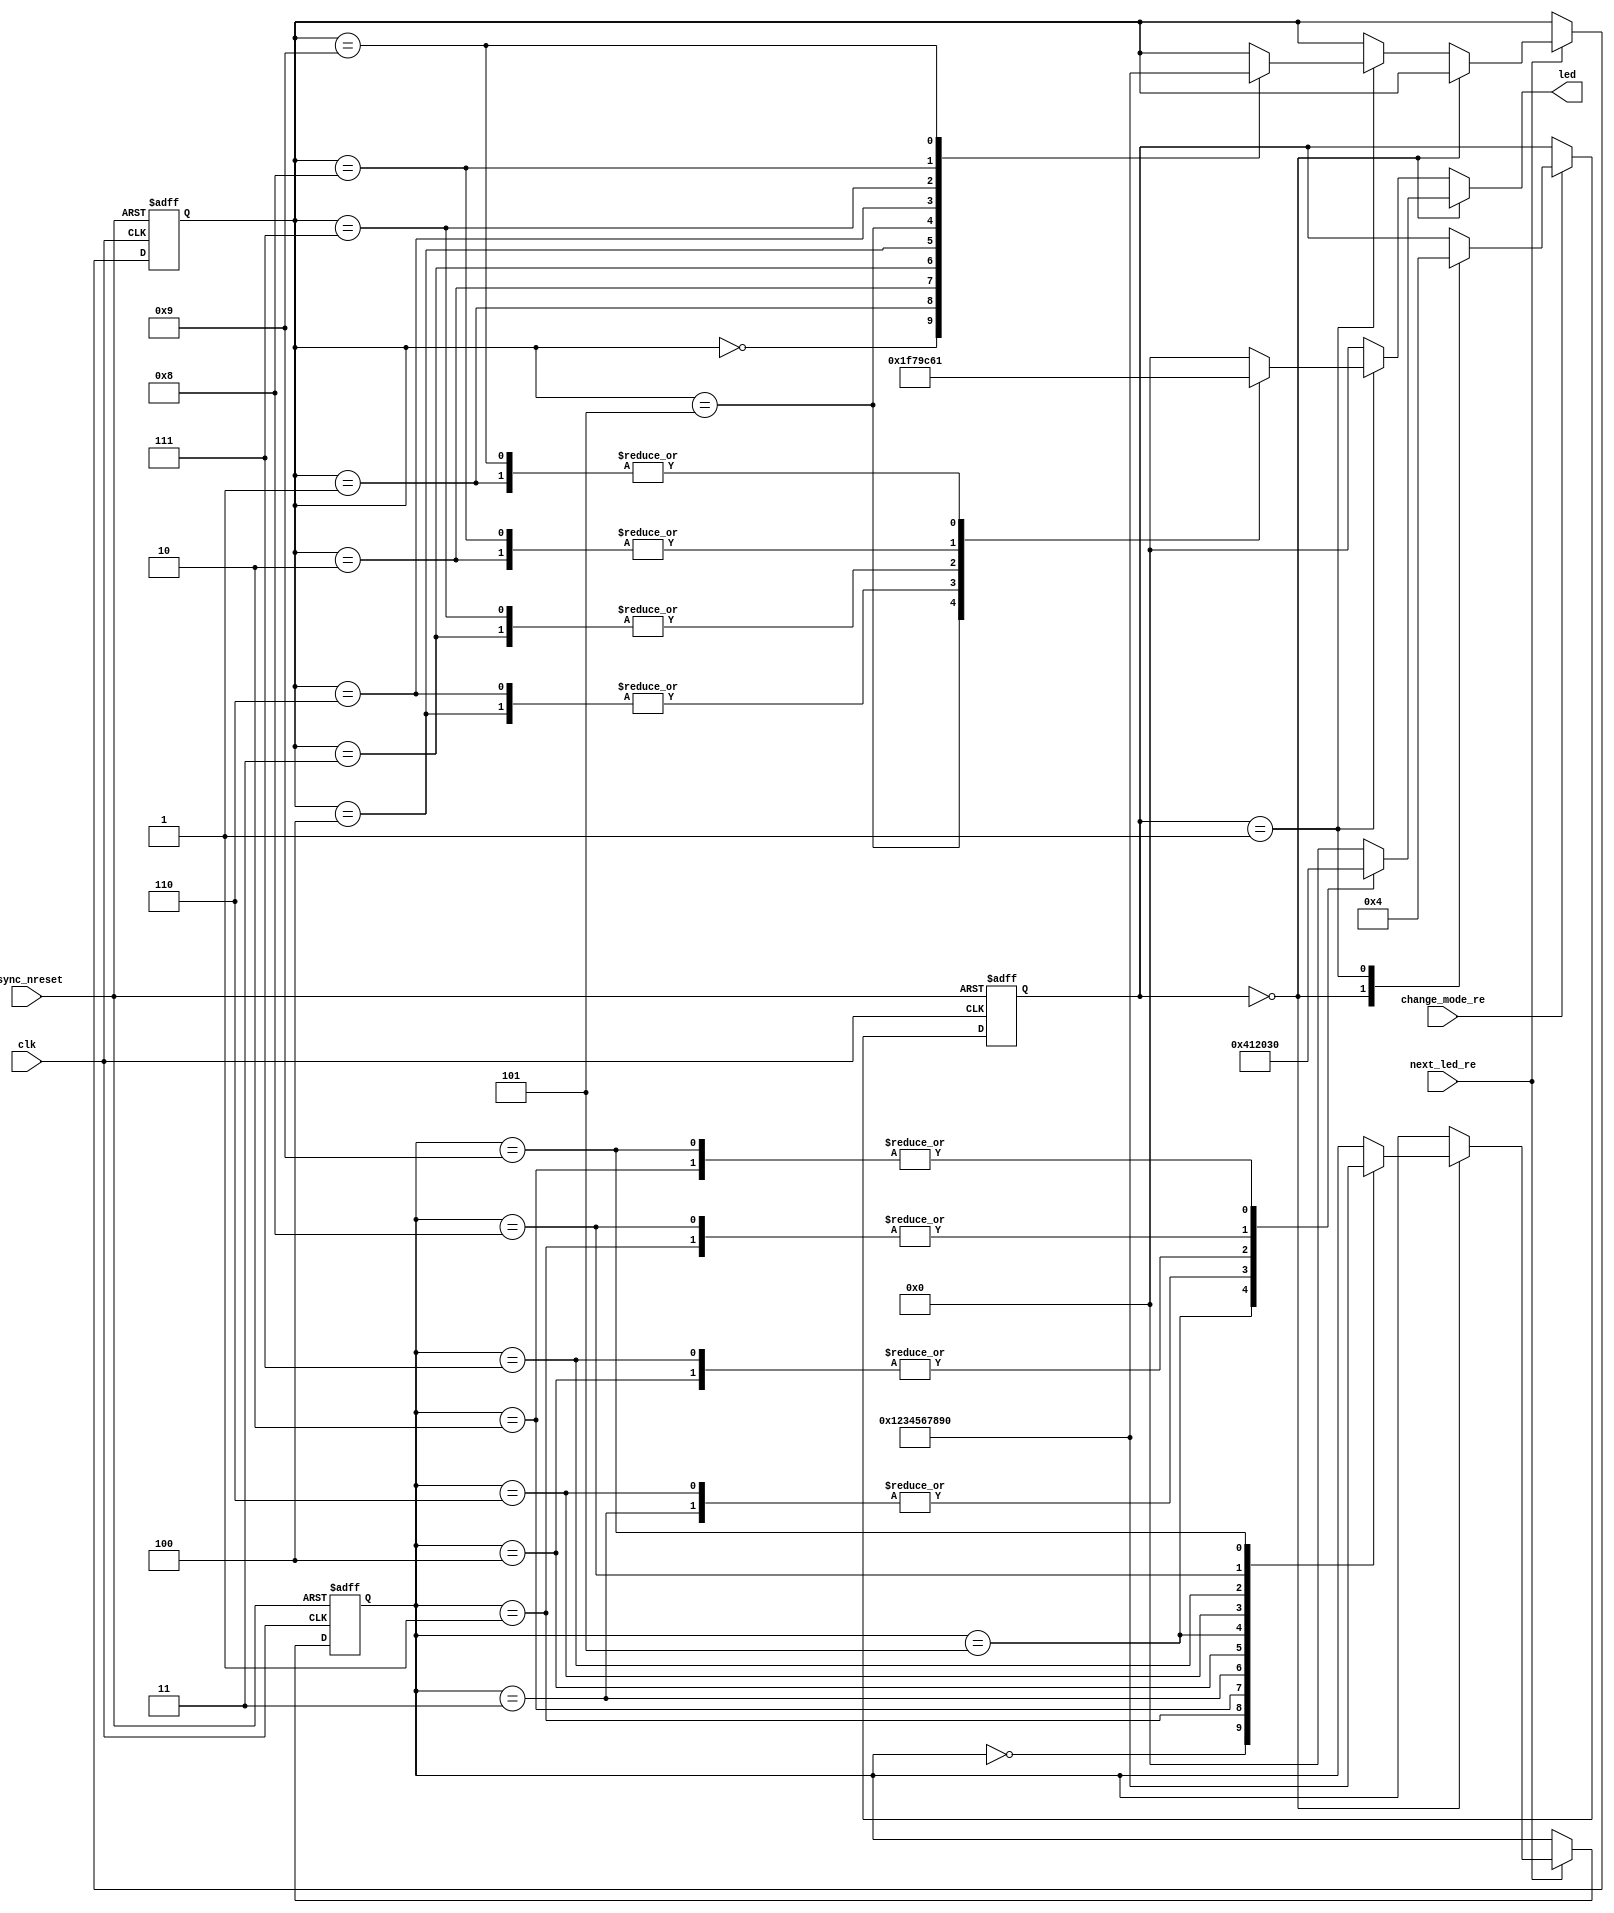
module led_driver_2
	(
		input clk,
		input async_nreset,
		
		input next_led_re,
		input change_mode_re,
		
		output reg [4:0] led
	);
	
	localparam OFF_STATE = 4'd0;
	localparam STATE_A = 4'd1;
	localparam STATE_B = 4'd2;
	localparam STATE_C = 4'd3;
	localparam STATE_D = 4'd4;
	localparam STATE_E = 4'd5;
	localparam STATE_F = 4'd6;
	localparam STATE_G = 4'd7;
	localparam STATE_H = 4'd8;
	localparam STATE_I = 4'd9;
	
	localparam STATE_2_OFF_STATE = 4'd0;
	localparam STATE_2_A = 4'd1;
	localparam STATE_2_B = 4'd2;
	localparam STATE_2_C = 4'd3;
	localparam STATE_2_D = 4'd4;
	localparam STATE_2_E = 4'd5;
	localparam STATE_2_F = 4'd6;
	localparam STATE_2_G = 4'd7;
	localparam STATE_2_H = 4'd8;
	localparam STATE_2_I = 4'd9;
	
	reg [3:0] state_reg, state_next;
	reg [3:0] state2_reg, state2_next;
	
	reg [1:0] mode_reg, mode_next;
	
	localparam MODE_1 = 2'd0;
	localparam MODE_2 = 2'd1;
	//localparam MODE_3 = 2'd2;
	
	always @(*)
	begin
		state_next <= state_reg;
		state2_next <= state2_reg;
		mode_next <= mode_reg;
		
		if (change_mode_re)
		begin
			case (mode_reg)
				MODE_1:
					mode_next <= MODE_2;
				MODE_2:
					mode_next <= MODE_1;
			endcase
		end
		
		if (next_led_re)
		begin
			if (mode_reg == MODE_1)
			begin
				case (state_reg)
					OFF_STATE:
						state_next <= STATE_A;
					STATE_A:
						state_next <= STATE_B;
					STATE_B:
						state_next <= STATE_C;
					STATE_C:
						state_next <= STATE_D;
					STATE_D:
						state_next <= STATE_E;
					STATE_E:
						state_next <= STATE_F;
					STATE_F:
						state_next <= STATE_G;
					STATE_G:
						state_next <= STATE_H;
					STATE_H:
						state_next <= STATE_I;
					STATE_I:
						state_next <= OFF_STATE;
				endcase
			end
			else if (mode_reg == MODE_2)
			begin
				case (state2_reg)
					STATE_2_OFF_STATE:
						state2_next <= STATE_2_A;
					STATE_2_A:
						state2_next <= STATE_2_B;
					STATE_2_B:
						state2_next <= STATE_2_C;
					STATE_2_C:
						state2_next <= STATE_2_D;
					STATE_2_D:
						state2_next <= STATE_2_E;
					STATE_2_E:
						state2_next <= STATE_2_F;
					STATE_2_F:
						state2_next <= STATE_2_G;
					STATE_2_G:
						state2_next <= STATE_2_H;
					STATE_2_H:
						state2_next <= STATE_2_I;
					STATE_2_I:
						state2_next <= STATE_2_OFF_STATE;
				endcase
			end
		end
	end
	
	always @(posedge clk, negedge async_nreset)
	begin
		if (async_nreset == 1'b0)
		begin
			mode_reg <= MODE_1;
		
			state_reg <= OFF_STATE;
			state2_reg <= STATE_2_OFF_STATE;
		end
		else 
		begin
			mode_reg <= mode_next;
		
			state_reg <= state_next;
			state2_reg <= state2_next;
		end
	end
	
	always @(*)
	begin
		led <= 5'b0_0000;
		
		if (mode_reg == MODE_1)
		begin
			case (state_reg)
				OFF_STATE:
					led <= 5'b0_0000;
				STATE_A:
					led <= 5'b0_0001;
				STATE_B:
					led <= 5'b1_0000;
				STATE_C:
					led <= 5'b0_0010;
				STATE_D:
					led <= 5'b0_1000;
				STATE_E:
					led <= 5'b0_0100;
				STATE_F:
					led <= 5'b0_0010;
				STATE_G:
					led <= 5'b0_1000;
				STATE_H:
					led <= 5'b0_0001;
				STATE_I:
					led <= 5'b1_0000;
			endcase
		end
		else if (mode_reg == MODE_2)
		begin
			case (state2_reg)
				STATE_2_OFF_STATE:
					led <= 5'b0_0000;
				STATE_2_A:
					led <= 5'b0_0001;
				STATE_2_B:
					led <= 5'b0_0011;
				STATE_2_C:
					led <= 5'b0_0111;
				STATE_2_D:
					led <= 5'b0_1111;
				STATE_2_E:
					led <= 5'b1_1111;
				STATE_2_F:
					led <= 5'b0_1111;
				STATE_2_G:
					led <= 5'b0_0111;
				STATE_2_H:
					led <= 5'b0_0011;
				STATE_2_I:
					led <= 5'b0_0001;
			endcase
		end
	end
	
endmodule